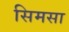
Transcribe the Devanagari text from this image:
सिमसा